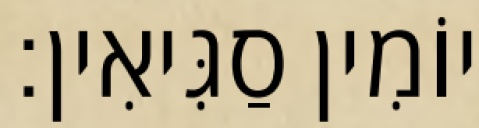
יוֹמִין סַגִּיאִין׃